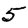
Digit: 5